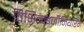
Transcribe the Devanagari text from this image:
विभिन्‍न्‍इंजीनियरिंग